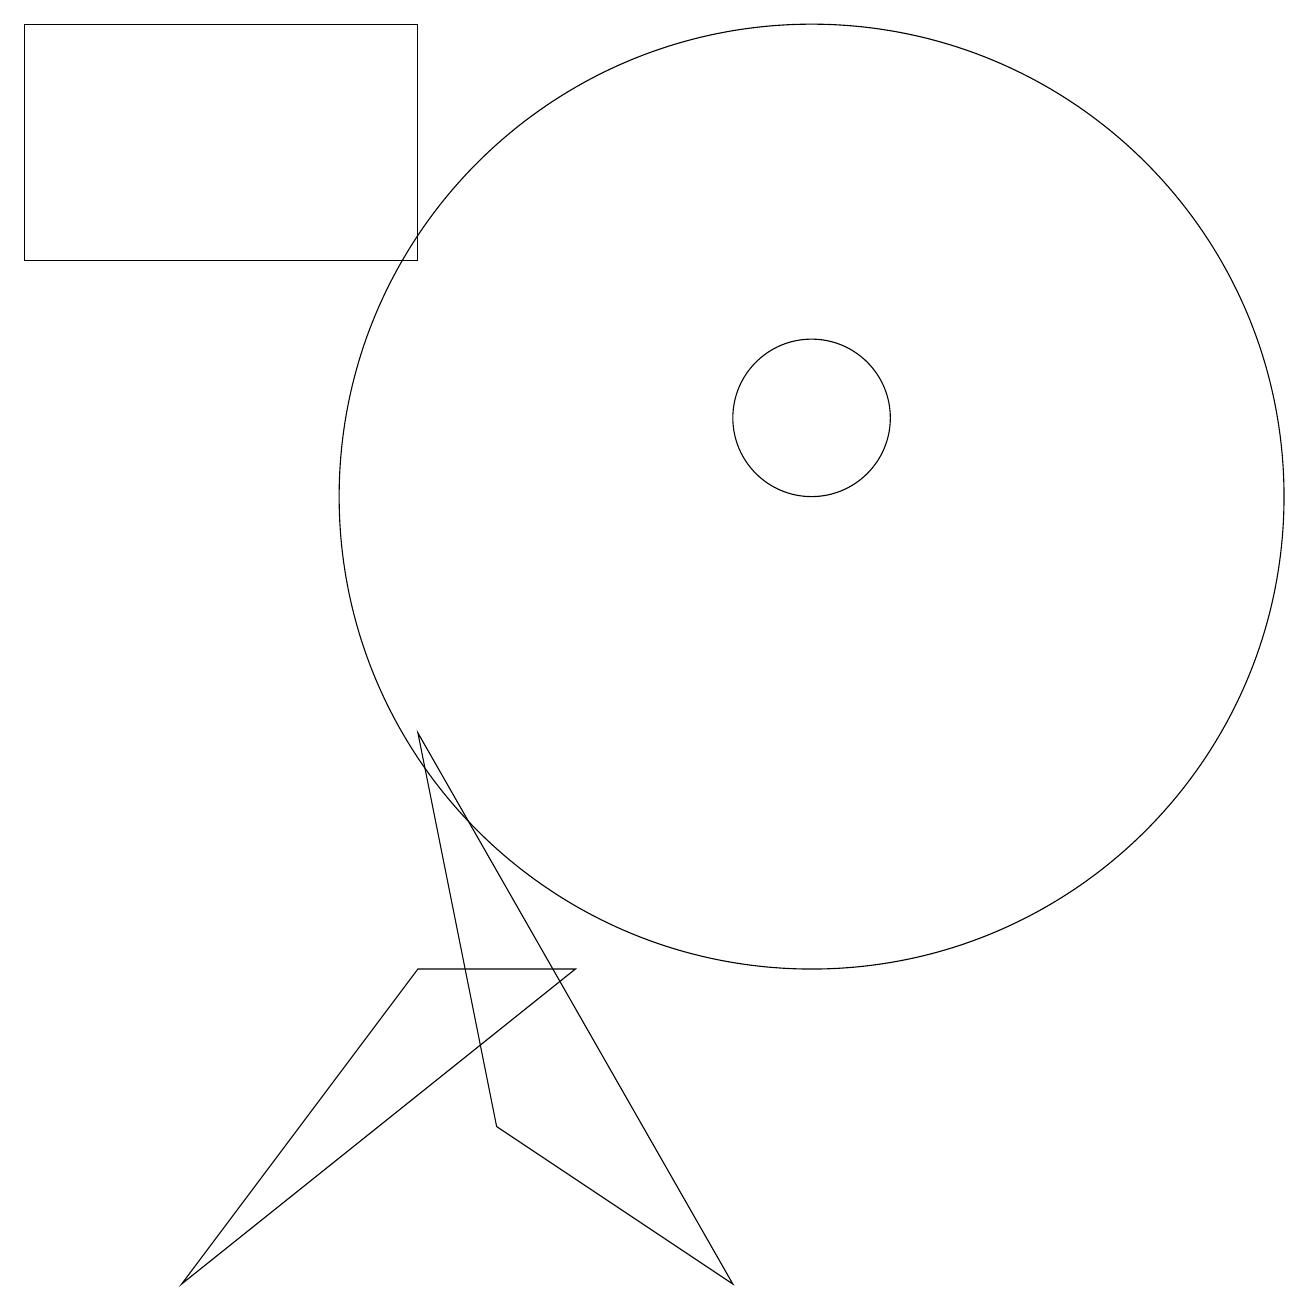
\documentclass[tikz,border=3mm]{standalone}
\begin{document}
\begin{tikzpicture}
\draw (6,2) -- (9,0) -- (5,7) -- cycle;
\draw (10,10) circle (6);
\draw (7,4) -- (5,4) -- (2,0) -- cycle;
\draw (10,11) circle (1);
\draw (5,13) rectangle (0,16);
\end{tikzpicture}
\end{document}